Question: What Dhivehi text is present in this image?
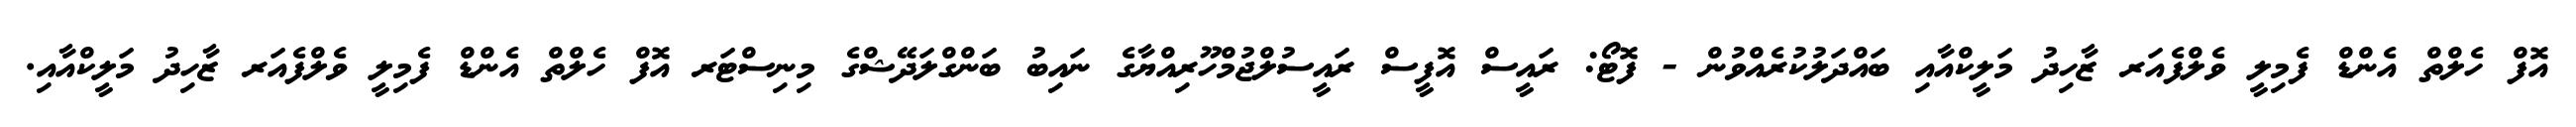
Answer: އޮފް ހެލްތް އެންޑް ފެމިލީ ވެލްފެއަރ ޒާހިދު މަލީކްއާއި ބައްދަލުކުރެއްވުން - ފޮޓޯ: ރައީސް އޮފީސް ރައީސުލްޖުމްހޫރިއްޔާގެ ނައިބު ބަންގްލަދޭޝްގެ މިނިސްޓަރ އޮފް ހެލްތް އެންޑް ފެމިލީ ވެލްފެއަރ ޒާހިދު މަލީކްއާއި.